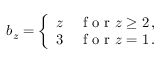
\begin{array} { r } { b _ { z } = \left\{ \begin{array} { l l } { z } & { \mathrm { ~ f ~ o ~ r ~ } z \ge 2 \, , } \\ { 3 } & { \mathrm { ~ f ~ o ~ r ~ } z = 1 \, . } \end{array} \right. } \end{array}